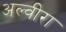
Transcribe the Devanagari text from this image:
अल्वीरा